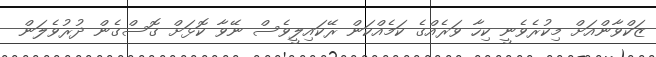
ޒަކްވާންއަށް މިކުރެވެނީ ކިހާ ވަރެއްގެ ކަމެއްކަން ރޭކައިލީވެސް ނޭވާ ކޮޅަށް ގޮސްގެން ދުރުވެލަން